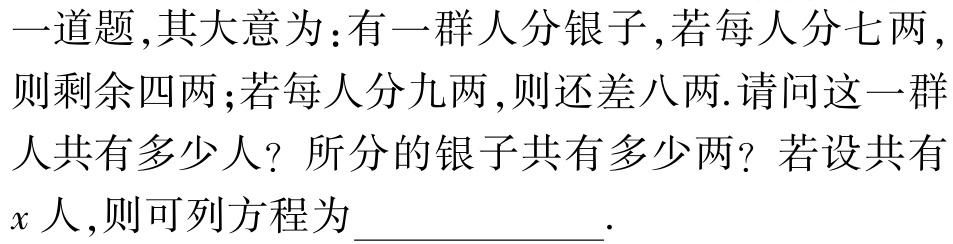
一道题,其大意为:有一群人分银子,若每人分七两,则剩余四两;若每人分九两,则还差八两.请问这一群人共有多少人？所分的银子共有多少两？若设共有\(x\)人,则可列方程为____________.